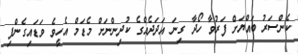
ކެންސަރު ބައްޔަށް ފަރުވާ ހޯދާ ގިނަ އަދަދެއްގެ ކުދިންނަށް މެޑަމް އެހީވެ ވަޑައިގެންފި